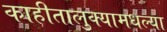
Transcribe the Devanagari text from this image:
काहीतालुक्यामधल्या